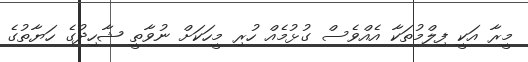
މީރާ އަކީ ފިލްމުތަކާ އެއްވެސް ގުޅުމެއް ހުރި މީހަކަށް ނުވާތީ ޝާހިދުގެ ހަޔާތުގެ